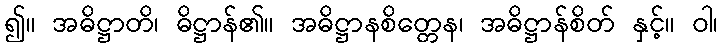
၍။ အဓိဋ္ဌာတိ၊ ဓိဋ္ဌာန်၏။ အဓိဋ္ဌာနစိတ္တေန၊ အဓိဋ္ဌာန်စိတ် နှင့်။ ဝါ၊